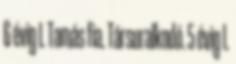
6 évig I. Tamás fia. Társuralkodó. 5 évig I.